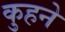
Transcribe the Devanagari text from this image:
कुहने